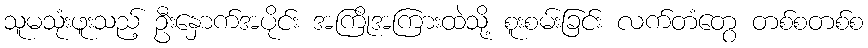
သူမသုံးဖူးသည့် ဦးနှောက်အပိုင်း အကြိုအကြားထဲသို့ စူးစမ်းခြင်း လက်တံတွေ တစ်စတစ်စ